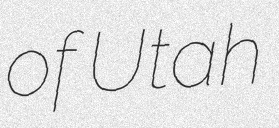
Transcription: of Utah